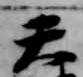
天